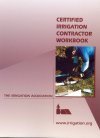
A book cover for Certified Irrigation Contractor Workbook; The Irrigation Association; Science & Math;